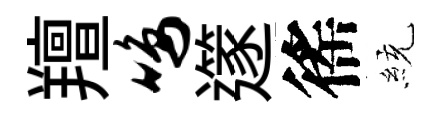
羶鸣𨗹徭統